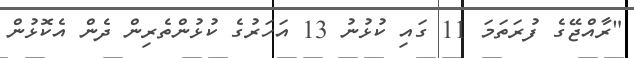
"ރާއްޖޭގެ ފުރަތަމަ 11 ގައި ކުޅުނު 13 އަހަރުގެ ކުޅުންތެރިން ދެން އެކޮޅުން